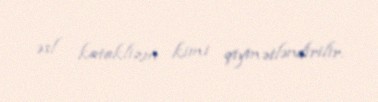
əsl kataklizm kimi qiymətləndirilir.